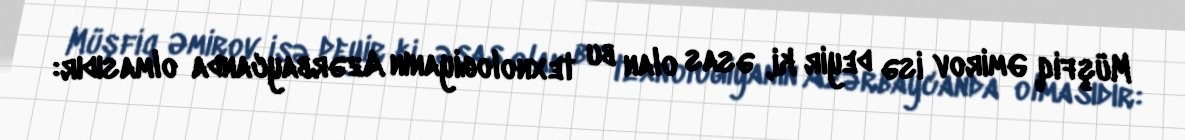
Müşfiq Əmirov isə deyir ki, əsas olan bu texnologiyanın Azərbaycanda olmasıdır: